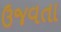
ઉજવતા